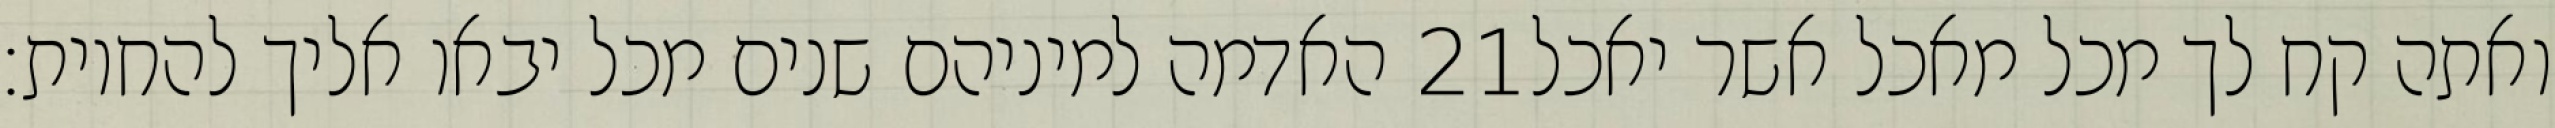
האדמה למיניהם שנים מכל יבאו אליך להחיות׃ ‎21‏ ואתה קח לך מכל מאכל אשר יאכל